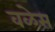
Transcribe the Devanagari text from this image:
वळेस